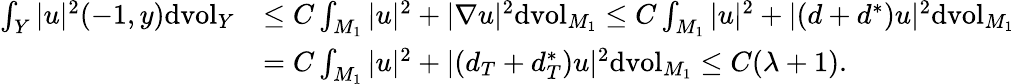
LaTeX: \begin{array}{rl}{\int_{Y}|u|^{2}(-1,y)\mathrm{dvol}_{Y}}&{\leq C\int_{M_{1}}|u|^{2}+|\nabla u|^{2}\mathrm{dvol}_{M_{1}}\leq C\int_{M_{1}}|u|^{2}+|(d+d^{*})u|^{2}\mathrm{dvol}_{M_{1}}}\\ &{=C\int_{M_{1}}|u|^{2}+|(d_{T}+d_{T}^{*})u|^{2}\mathrm{dvol}_{M_{1}}\leq C(\lambda+1).}\end{array}